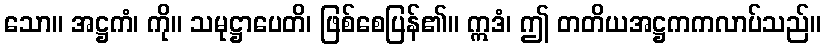
သော။ အဋ္ဌကံ၊ ကို။ သမုဋ္ဌာပေတိ၊ ဖြစ်စေပြန်၏။ ဣဒံ၊ ဤ တတိယအဋ္ဌကကလာပ်သည်။